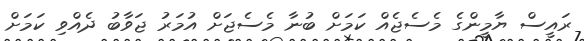
ރައީސް ޔާމީންގެ މެސެޖެއް ކަމަށް ބުނާ މެސެޖަށް އުމަރު ޖަވާބު ދެއްވި ކަމަށް